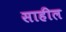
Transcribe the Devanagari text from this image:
साहील